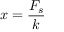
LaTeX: x = { \frac { F _ { s } } { k } }